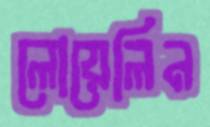
লোয়েলিন